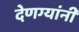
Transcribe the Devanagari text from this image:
देणग्यांनी